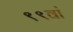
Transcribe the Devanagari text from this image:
९९वां